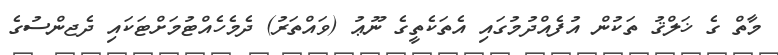
މާތް ގެ ޚަލްޤު ތަކުން އުފެއްދުމުގައި އެތަކެތީގެ ނޫޢު (ވައްތަރު) ދެމެހެއްޓުމަށްޓަކައި ދެޖންސުގެ